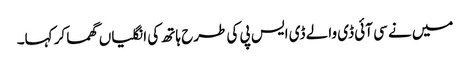
میں نے سی آئی ڈی والے ڈی ایس پی کی طرح ہاتھ کی انگلیاں گھما کر کہا۔